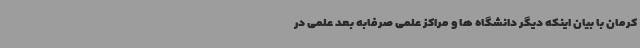
کرمان با بیان اینکه دیگر دانشگاه ها و مراکز علمی صرفابه بعد علمی در